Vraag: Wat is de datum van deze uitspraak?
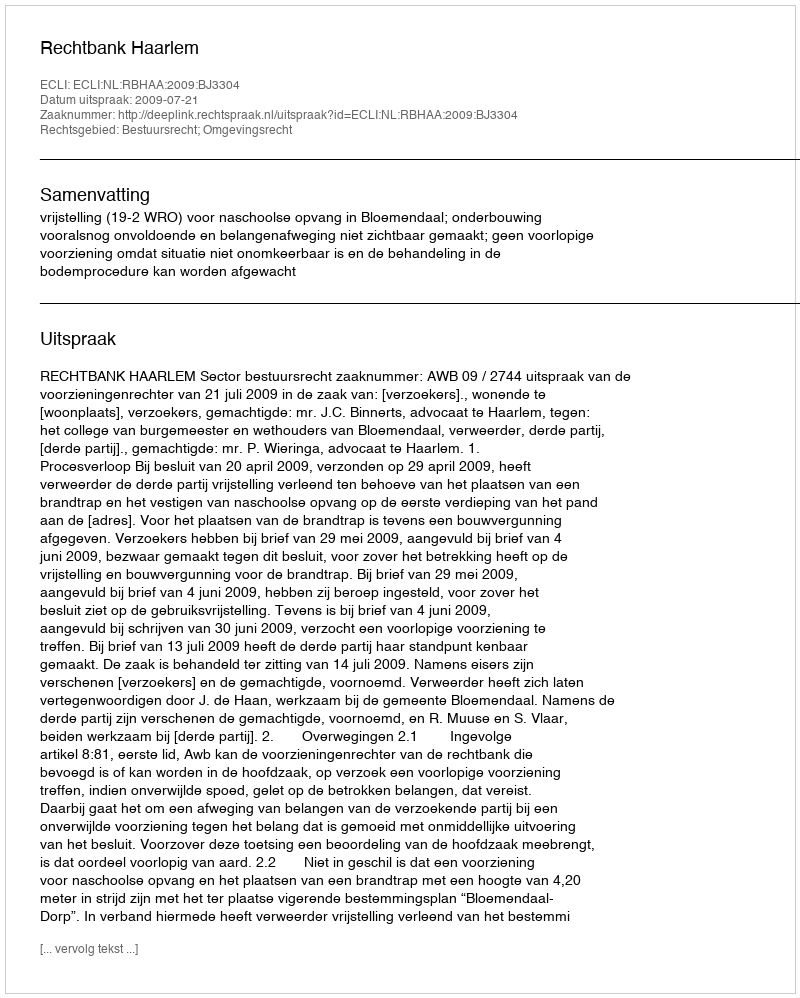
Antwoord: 2009-07-21